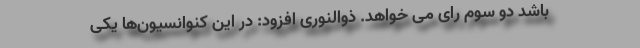
باشد دو سوم رای می خواهد. ذوالنوری افزود: در این کنوانسیون‌ها یکی